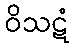
ဝိသဋံ